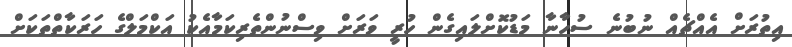
އިތުރަށް އެއްޗެއް ނުބުނެ ސުހާނާ މަޑުކޮށްލައިގެން ހުރީ ވަރަށް ވިސްނުންތެރިކަމާއެކު އަކްމަލްގެ ހަރަކާތްތަކަށް